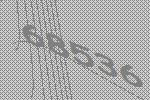
68536